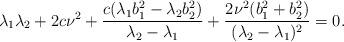
LaTeX: \begin{align*} \lambda_{1}\lambda_{2}+2c\nu^{2}+\displaystyle\frac{c(\lambda_{1}b_{1}^{2}-\lambda_{2}b_{2}^{2})}{\lambda_{2}-\lambda_{1}}+\displaystyle\frac{2\nu^{2}(b_{1}^{2}+b_{2}^{2})}{(\lambda_{2}-\lambda_{1})^{2}}=0. \end{align*}